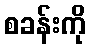
စခန်းကို